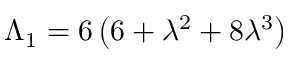
\Lambda _ { 1 } = 6 \left( 6 + \lambda ^ { 2 } + 8 \lambda ^ { 3 } \right)